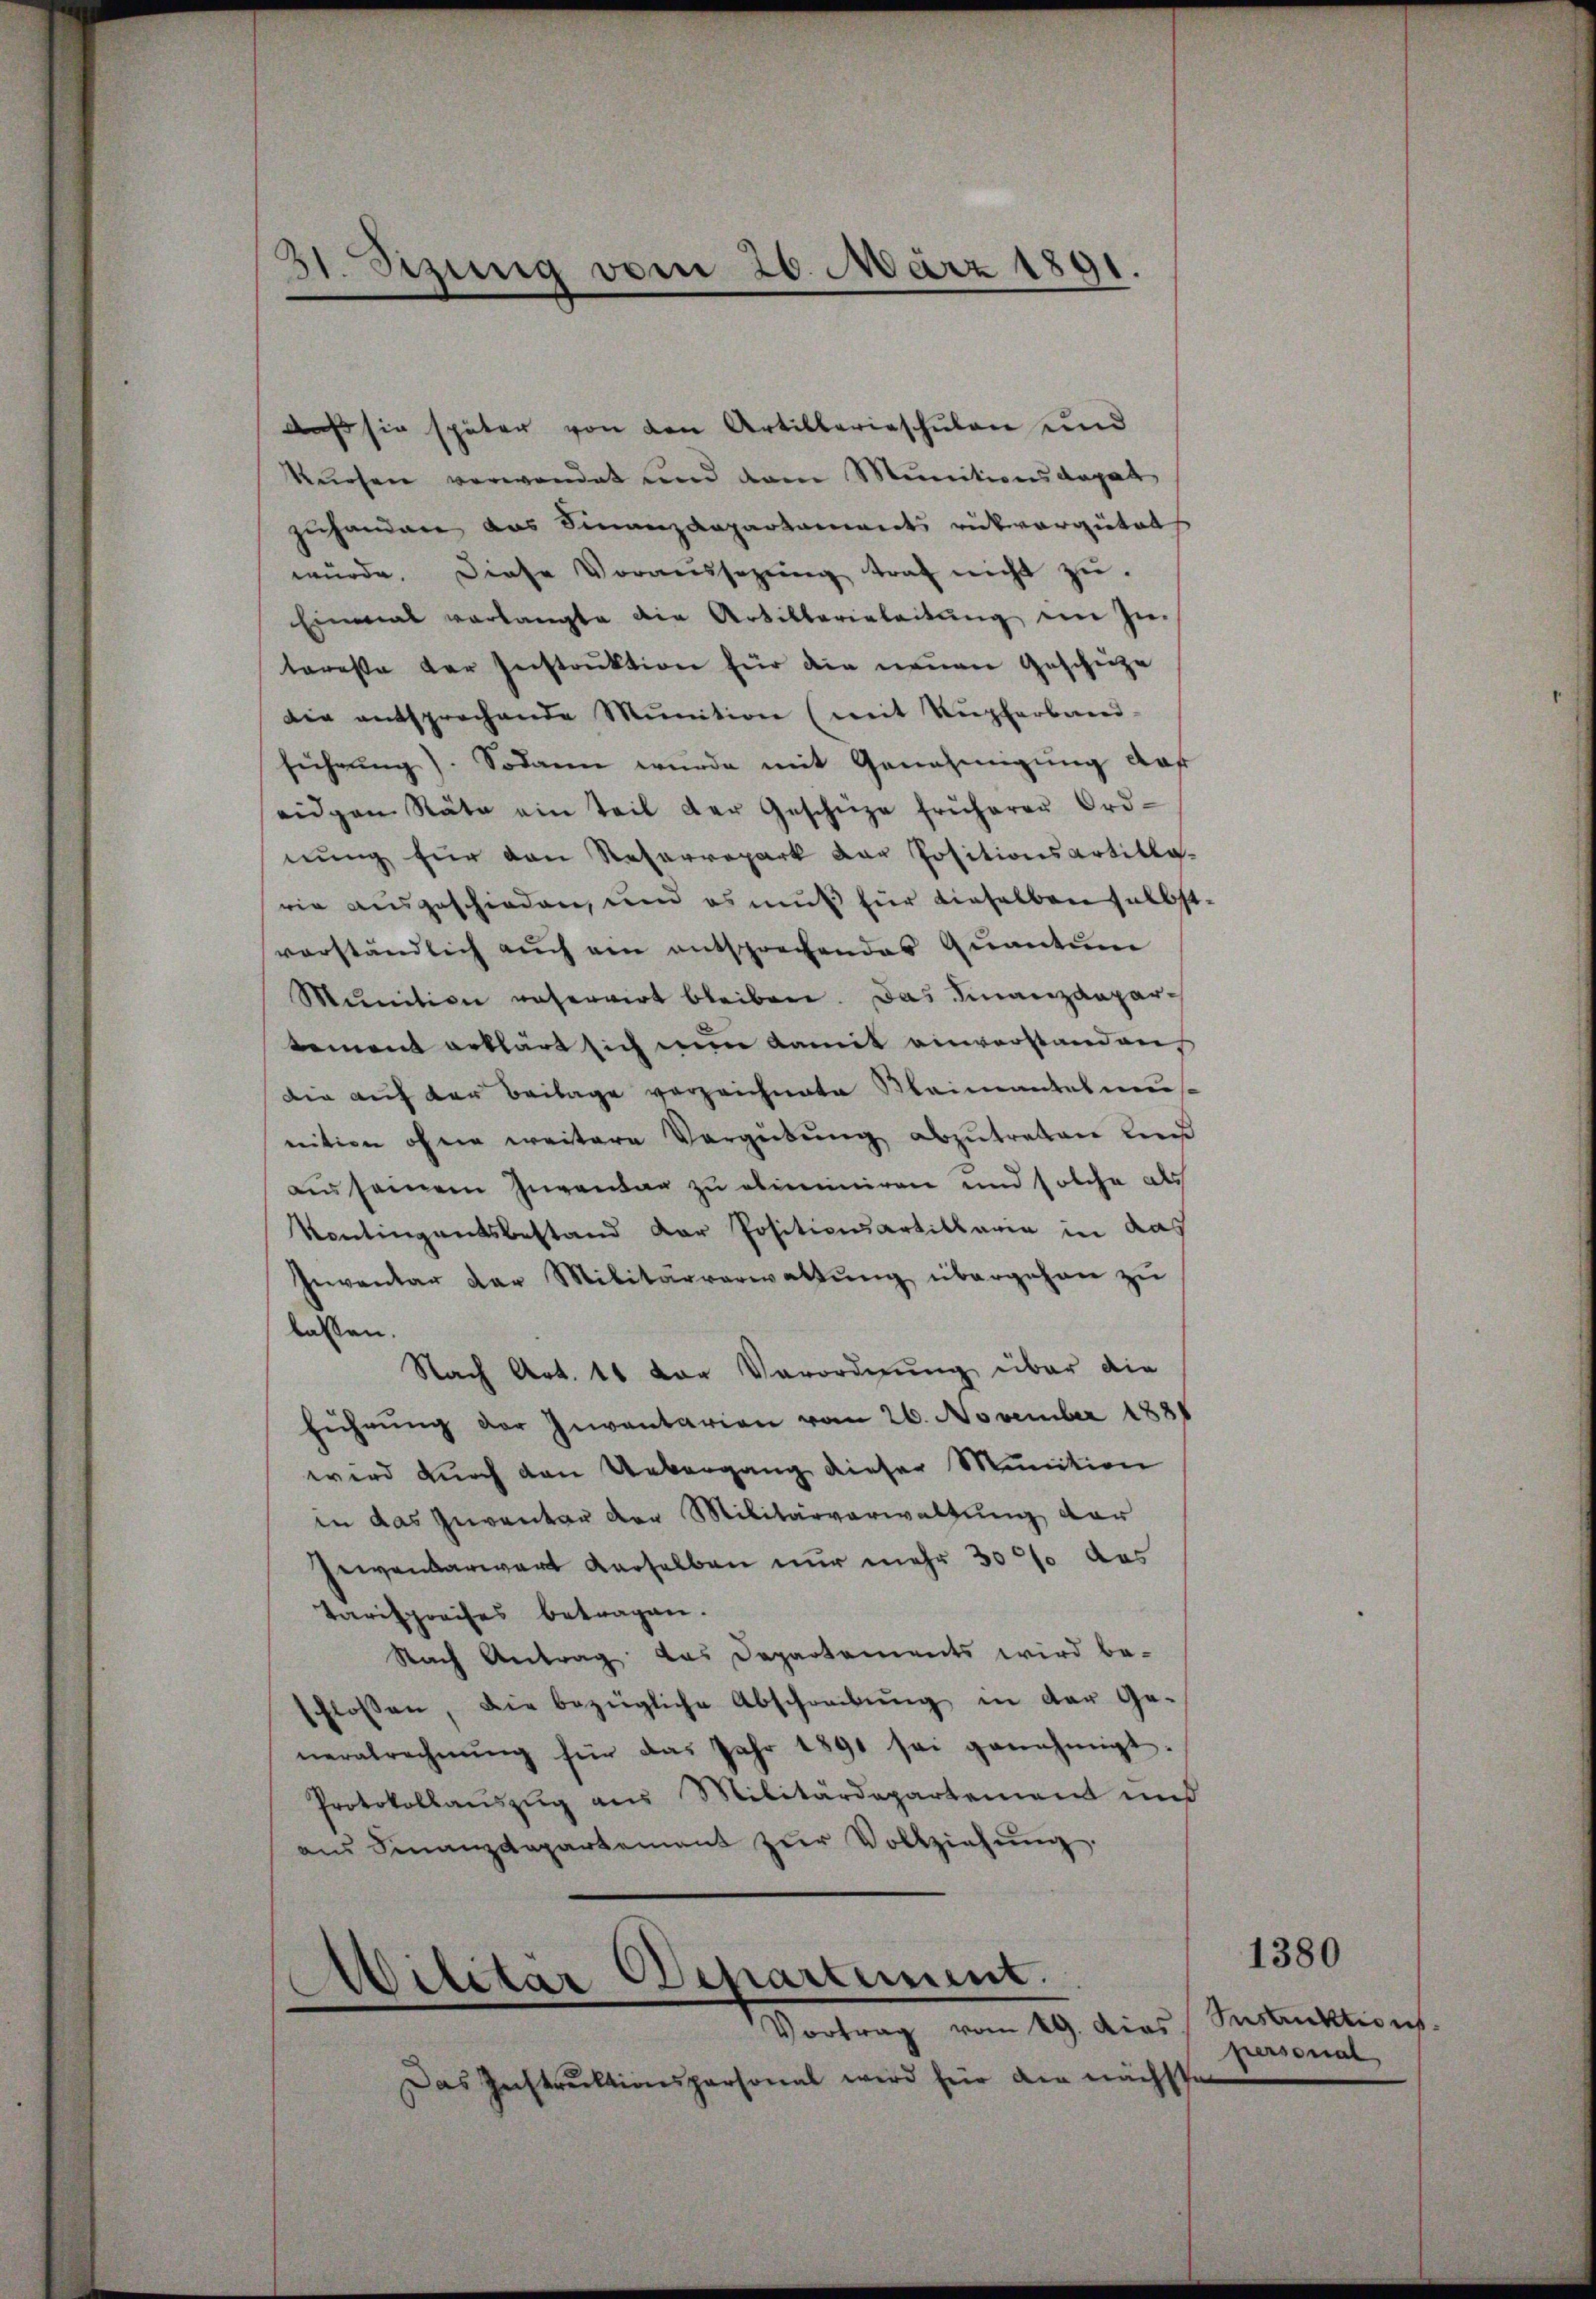
31. Setzung vom 20. März 1891.

daß sie später von den Artillerieschulen und
Kuesen verwendet und vom Munitionsdogat
zuhanden das Finanzdepartaments rükvergütet
wŭrde. Diese Voraussezung traf nicht zŭ
Einmal verlangte die Artillarieleitung im In-
teresse der Instruktion für die neuen Geschütze
die entsprochende Munition (mit Kupferband-
führung). Sodann wurde mit Genehmigung daf
eidgen Räte ein Teil der Geschüze früherer Ord-
nung für den Retorrepart der Positionsartitlo-
rie ausgeschieden, und es muß für dieselben selbst-
verständlich auch ein entsprechendes Quantum
Mŭnition reservirt bleiben. Das Finanzdepartement erklärt sich nun damit einverstand an
Die auf der Beilage verzeichnete Maimantelmus
ritien ohne weitere Vergütung abzutreten Li
aus seinem Inventag zu ebenminiren und solche als
Kontingentsbestand der Positionsartikaria in das
Inventar der Militärverwaltŭng übergehen zŭ
lassen.
Nach Art. 11 vor Verordnung über die
führung der Inventarion vom 26. November 1888
wird durch den Uebergang dieser Munition
in das Gewanter der Militärverwaltung dar
Gewanderwart derselben nur mehr 3000 das
Tarifpreises betragen.
Nach Antrag das Departements wird be-
schlossen, die bezügliche Abschreibŭng in der Ge-
neralrechnŭng für das Jahr 1891 sei genehmigt.
Protokollauszug aus Militärdepartement und
ans Finanzdepartement zŭr Vollziehŭng.

Militar Departement.
Vortrag vom 19. Das Instruktions.

Das Instruktionspersonal wird für die nächste

1380
personal